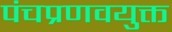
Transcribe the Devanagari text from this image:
पंचप्रणवयुक्त